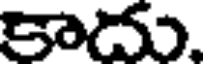
కాదు.